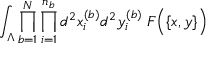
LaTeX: \int _ { \Lambda } \prod _ { b = 1 } ^ { N } \prod _ { i = 1 } ^ { n _ { b } } d ^ { 2 } x _ { i } ^ { ( b ) } d ^ { 2 } y _ { i } ^ { ( b ) } \; { \cal F } \Big ( \{ x , y \} \Big )